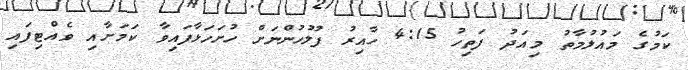
ކަމުގެ މައުލުމާތު މިއަދު ފަތިހު 4:15 ހާއިރު ފުލުހުންނަށް ހުށަހަޅާފައިވާ ކަމަށާއި ވެއްޓިފައި